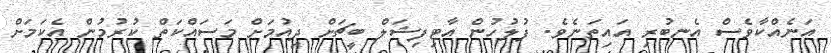
އަނެއްކާވެސް އެނބުރި އައިތަނެވެ. ފުލުހުން އާޓިފިޝަލް ބީޗަށް ދިއުމަށް މަސައްކަތް ކުރުމުން އެކަމަށް